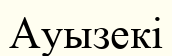
Ауызекі